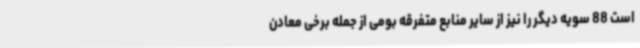
است 88 سویه دیگر را نیز از سایر منابع متفرقه بومی از جمله برخی معادن